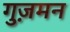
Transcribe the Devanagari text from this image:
गुज़मन